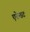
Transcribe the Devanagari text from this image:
एरेन्डट